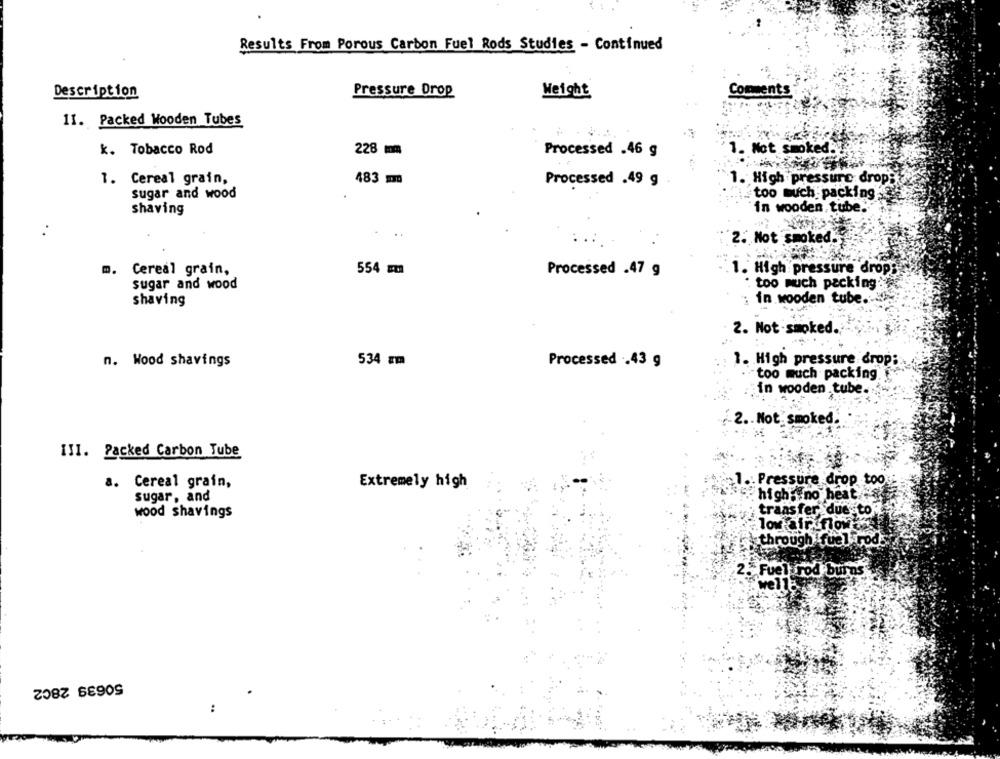
Results From Porous Carbon Fuel Rods Studies - Continued
Description
Pressure Drop
Comments
Weight
11. Packed Wooden Tubes
k. Tobacco Rod
228 mm
Processed .46 g
1. Not smoked.
1. Cereal grain,
483 10
Processed .49 g
1. High pressure drop
sugar and wood
too much packing
shaving
in wooden, tube.
..
2. Not smoked.
m.
Cereal grain,
554 m
Processed .47 g
. High pressure drop:
sugar and wood
· too much packing
shaving
in wooden tube.
2. Not -smoked.
n. Wood shavings
534 mm
Processed .43 g
1. High pressure drop;
. too much packing
in wooden tube ..
2 .. Not. smoked.
III. Packed Carbon Tube
a. Cereal grain,
Extremely high
1 .: Pressure drop too
high; no heat
sugar, and
wood shavings
transfer due to
lou af
through fuel rod
2. Fuelbrod burns
50639 28C2
: